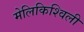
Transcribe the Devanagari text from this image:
मेलिकिश्विली